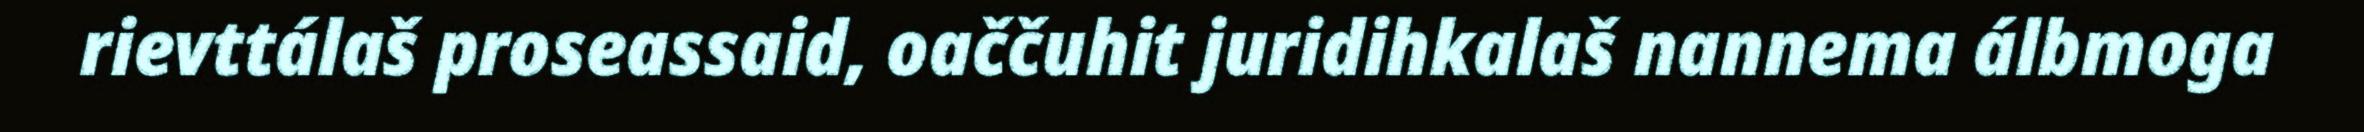
rievttálaš proseassaid, oaččuhit juridihkalaš nannema álbmoga